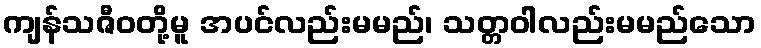
ကျန်သဇီဝတို့မူ အပင်လည်းမမည်၊ သတ္တဝါလည်းမမည်သော